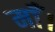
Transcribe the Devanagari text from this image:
माँ।